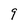
Character: 9